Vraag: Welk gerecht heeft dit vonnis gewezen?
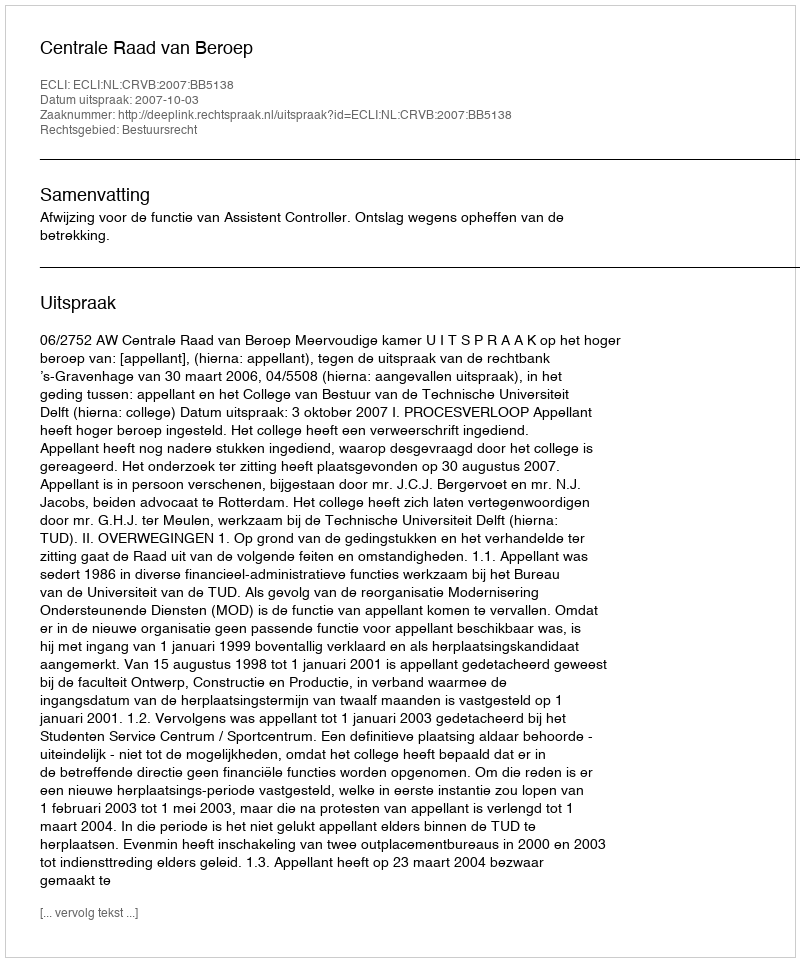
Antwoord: Centrale Raad van Beroep